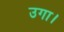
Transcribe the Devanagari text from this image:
उगा।